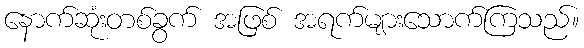
နောက်ဆုံးတစ်ခွက် အဖြစ် အရက်များသောက်ကြသည်။